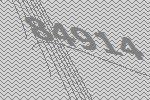
84914